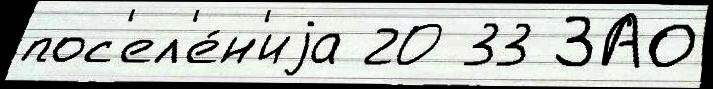
пос'ел'е́н'иjа 20 33 ЗАО